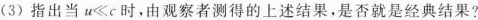
(3)指出当$$u \ll c$$时，由观察者测得的上述结果，是否就是经典结果?